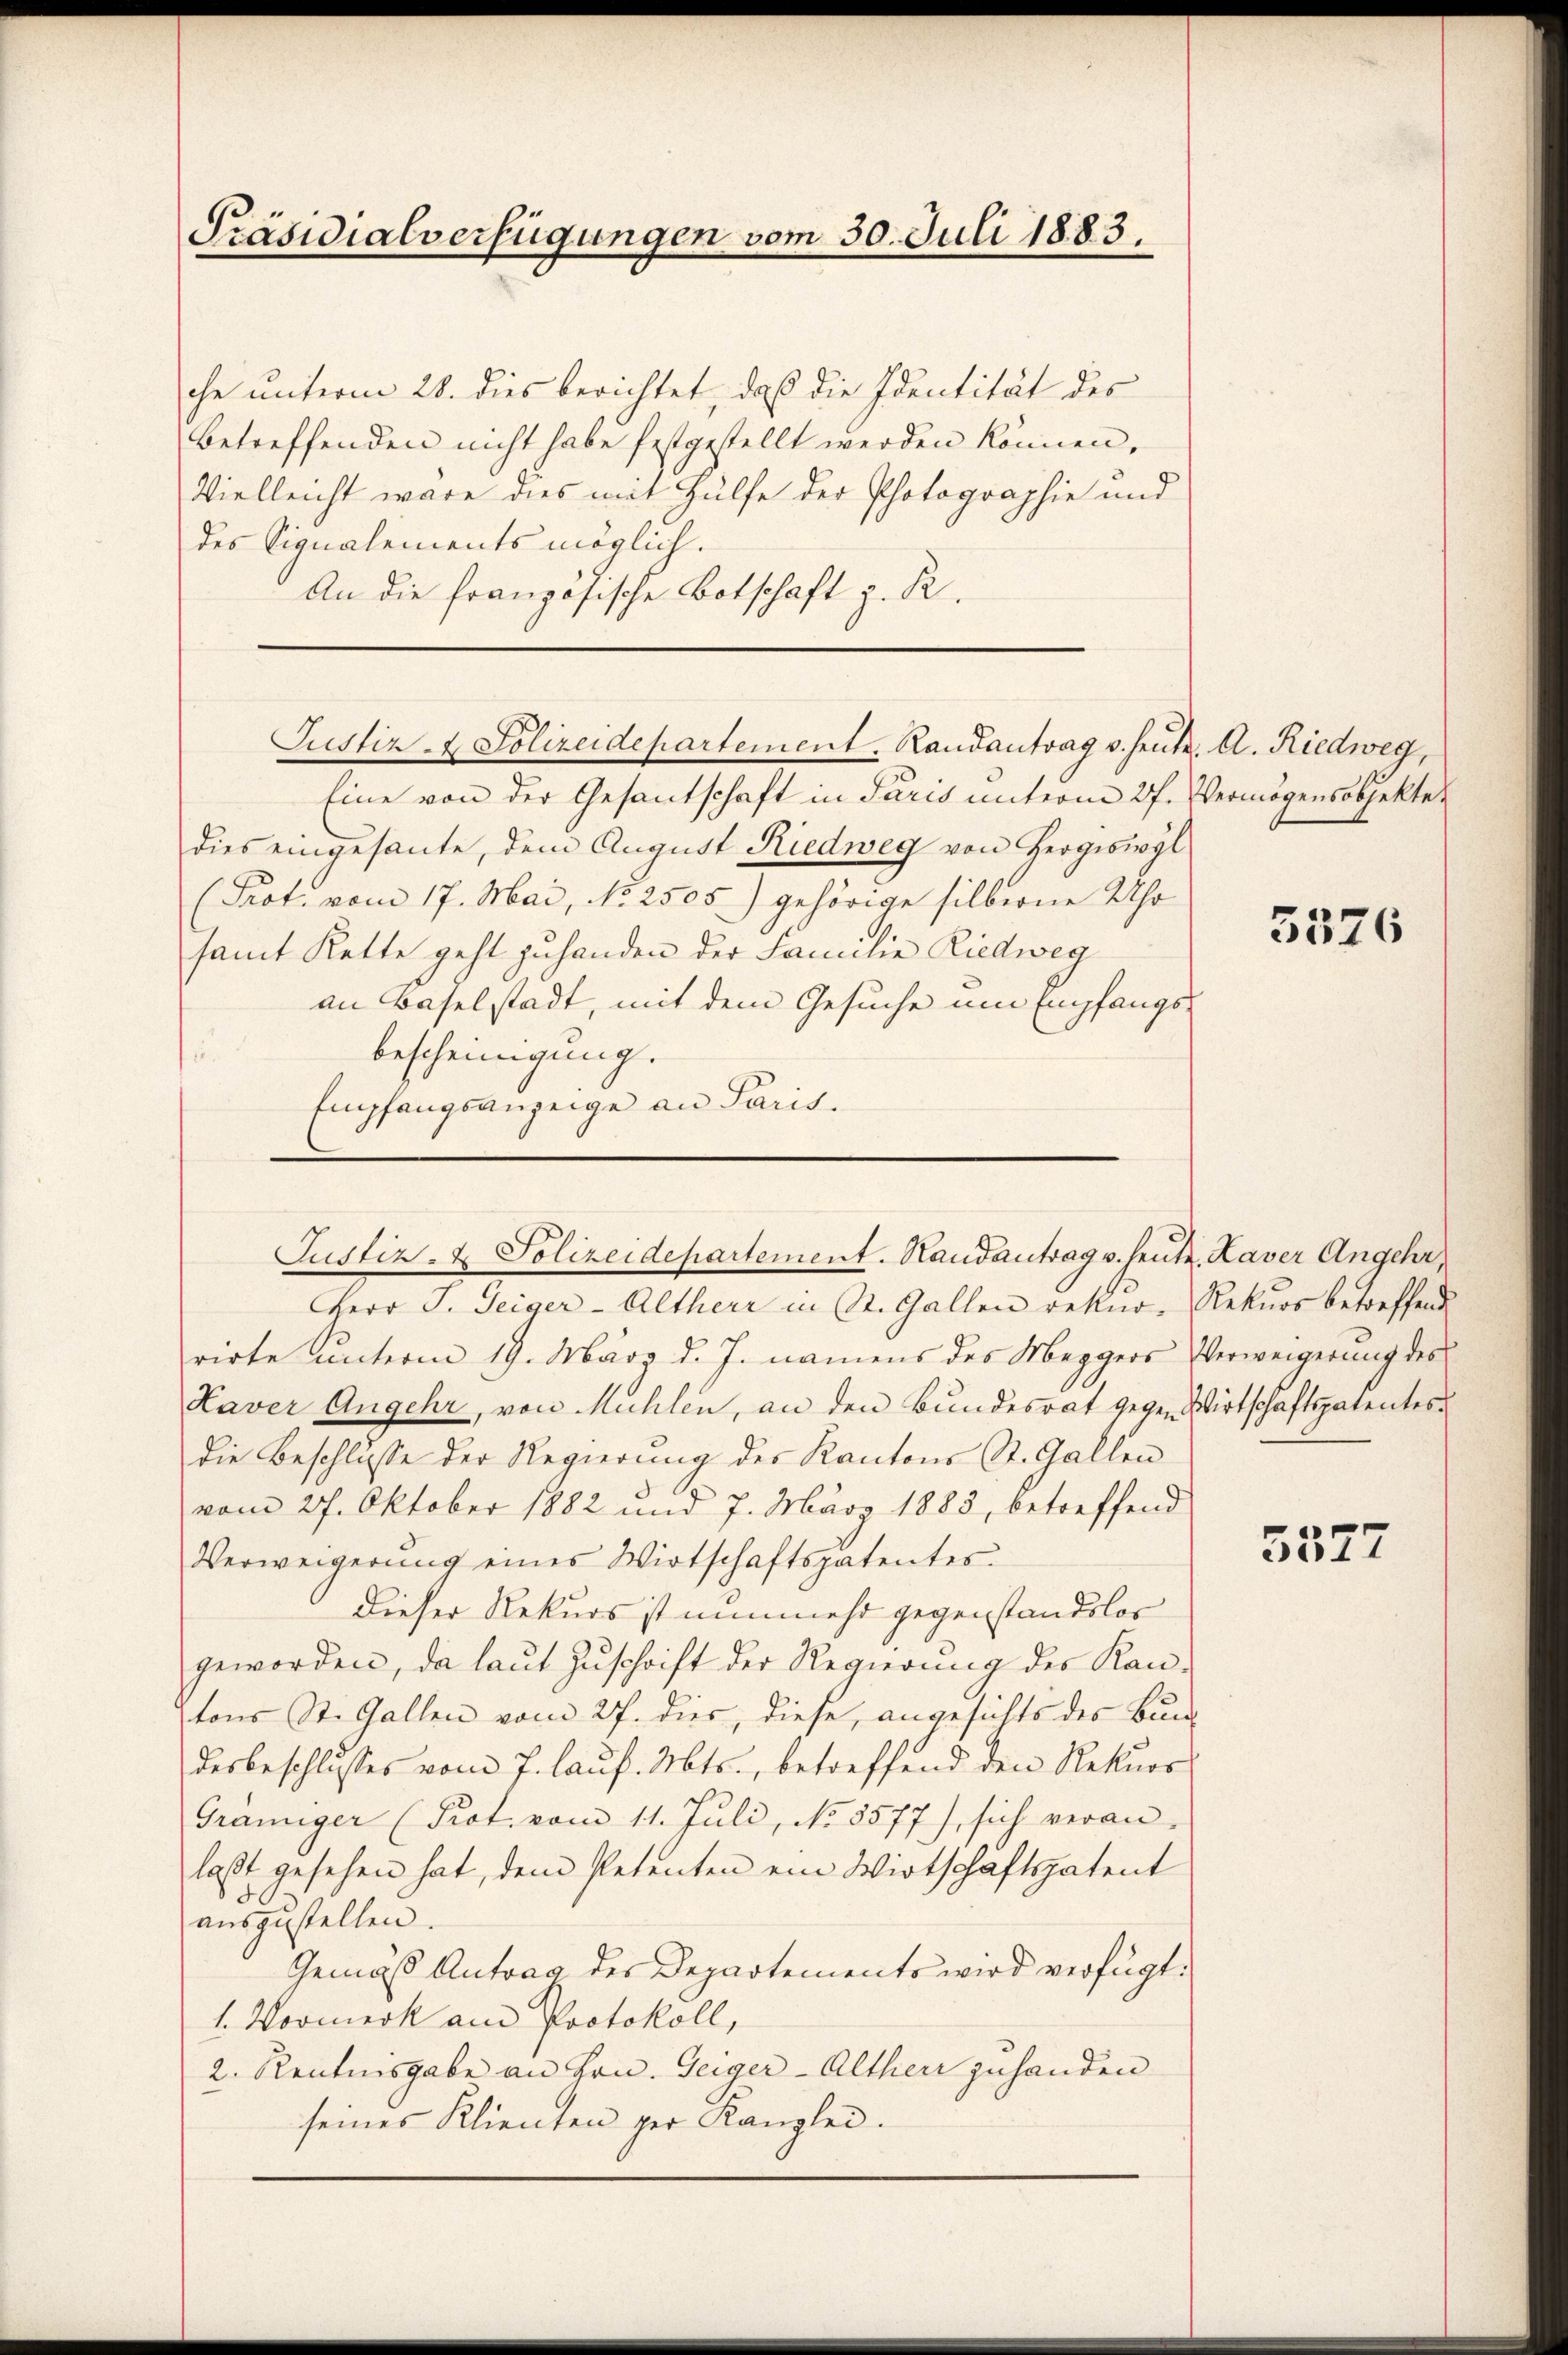
Präsidialverfügungen vom 30. Juli 1883.

che unterm 28. dies berichtet, daß die Identität des
betreffenden nicht habe festgestellt werden können,
Vielleicht wäre dies mit Hülfe der Photographie und
des Signalements möglich.
An die französische Botschaft z. R.
Eine von der Gesantschaft in Paris unterm 27. Vermögensobjekte
dies eingesante, dem August Riedweg von Hergiswyl
(Prot. vom 17. Mai, No 2505) gehörige silberne Uhr
samt Kette geht zuhanden der Familie Riedweg
an Baselstadt, mit dem Gesuche um Empfangsbescheinigung.
i
Empfangsanzeige an Paris.
Herr J. Teiger-Altherr in St. Gallen rekur- Rekurs betreffend
rirte unterm 19. März d. J. namens des Mezgers Verweigerung des
Kaver Angehr, von Mühlen, an den Bundesrat gegen Wirtschaftspatentes
die Beschlüsse der Regierung des Kantons St. Gallen
vom 27. Oktober 1882 und 7. März 1883, betreffend
Verweigerung eines Wirtschaftspatentes.
dieser Rekurs ist nunmehr gegenstandslos
geworden, da laut Zuschrift der Regierung des Kantons St. Gallen vom 27. dies, diese, angesichts des Bund
desbeschlusses vom 7. laŭf. Mts., betreffend den Rekurr
Graniger (Prot. vom 11. Juli, No 5577), sich veran-
laßt gesehen hat, dem Petenten ein Wirtschaftspatent
auszustellen.
Gemäß Antrag des Departements wird verfügt:
1. Vormerk am Protokoll,
2. Kenntnisgabe an Hrn. Geiger-Alther zuhanden
seines Klienten per Kanzlei.

Justiz- & Polizeidepartement. Randantrag v. heute. A. Riedweg,

Justiz- & Polizeidepartement. Handantrag v. heute. Kaver Angehr,

3576

3377